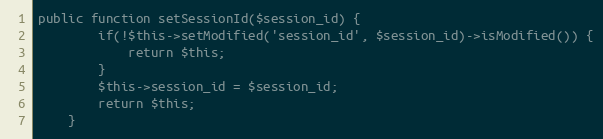
Language: PHP
public function setSessionId($session_id) {
        if(!$this->setModified('session_id', $session_id)->isModified()) {
            return $this;
        }
		$this->session_id = $session_id;
		return $this;
    }